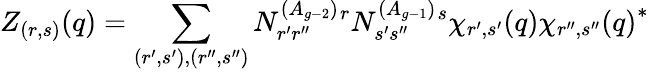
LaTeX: Z_{(r,s)}(q)=\sum_{(r^{\prime},s^{\prime}),(r^{\prime\prime},s^{\prime\prime})}N_{r^{\prime}r^{\prime\prime}}^{(A_{g-2})}{}^{r}N_{s^{\prime}s^{\prime\prime}}^{(A_{g-1})}{}^{s}\chi_{r^{\prime},s^{\prime}}(q){\chi_{r^{\prime\prime},s^{\prime\prime}}(q)}^{*}